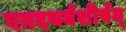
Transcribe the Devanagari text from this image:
एतदथर्वशीर्षम्‌